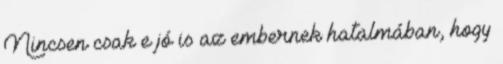
Nincsen csak e jó is az embernek hatalmában, hogy